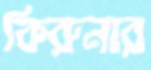
কিরুনার